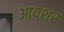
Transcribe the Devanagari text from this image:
आयशर